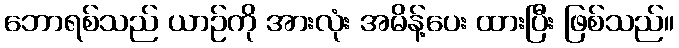
ဘောရစ်သည် ယာဉ်ကို အားလုံး အမိန့်ပေး ထားပြီး ဖြစ်သည်။